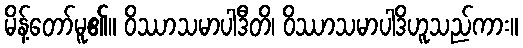
မိန့်တော်မူ၏။ ဝိဿာသမာပါဒီတိ၊ ဝိဿာသမာပါဒိဟူသည်ကား။